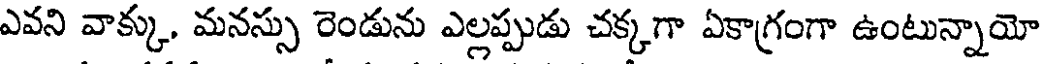
ఎవని వాక్కు, మనస్సు రెండును ఎల్లప్పుడు చక్కగా ఏకాగ్రంగా ఉంటున్నాయో